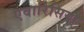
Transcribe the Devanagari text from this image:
एवारिसिया